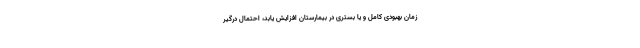
زمان بهبودی کامل و یا بستری در بیمارستان افزایش یابد، احتمال درگیر